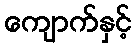
ကျောက်နှင့်